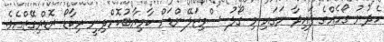
ހެދުނު ގޯހެއްގެ ފައިދާ ނަގައި މި ގޯލު ސްވިޒަލޭންޑަށް ކާމިޔާބުކޮށްދިނީ ރިކާޑޯ ރޮޑްރިގޭޒްއެވެ.